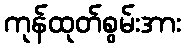
ကုန်ထုတ်စွမ်းအား